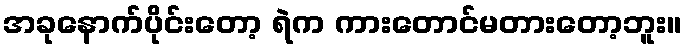
အခုနောက်ပိုင်းတော့ ရဲက ကားတောင်မတားတော့ဘူး။